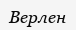
Верлен